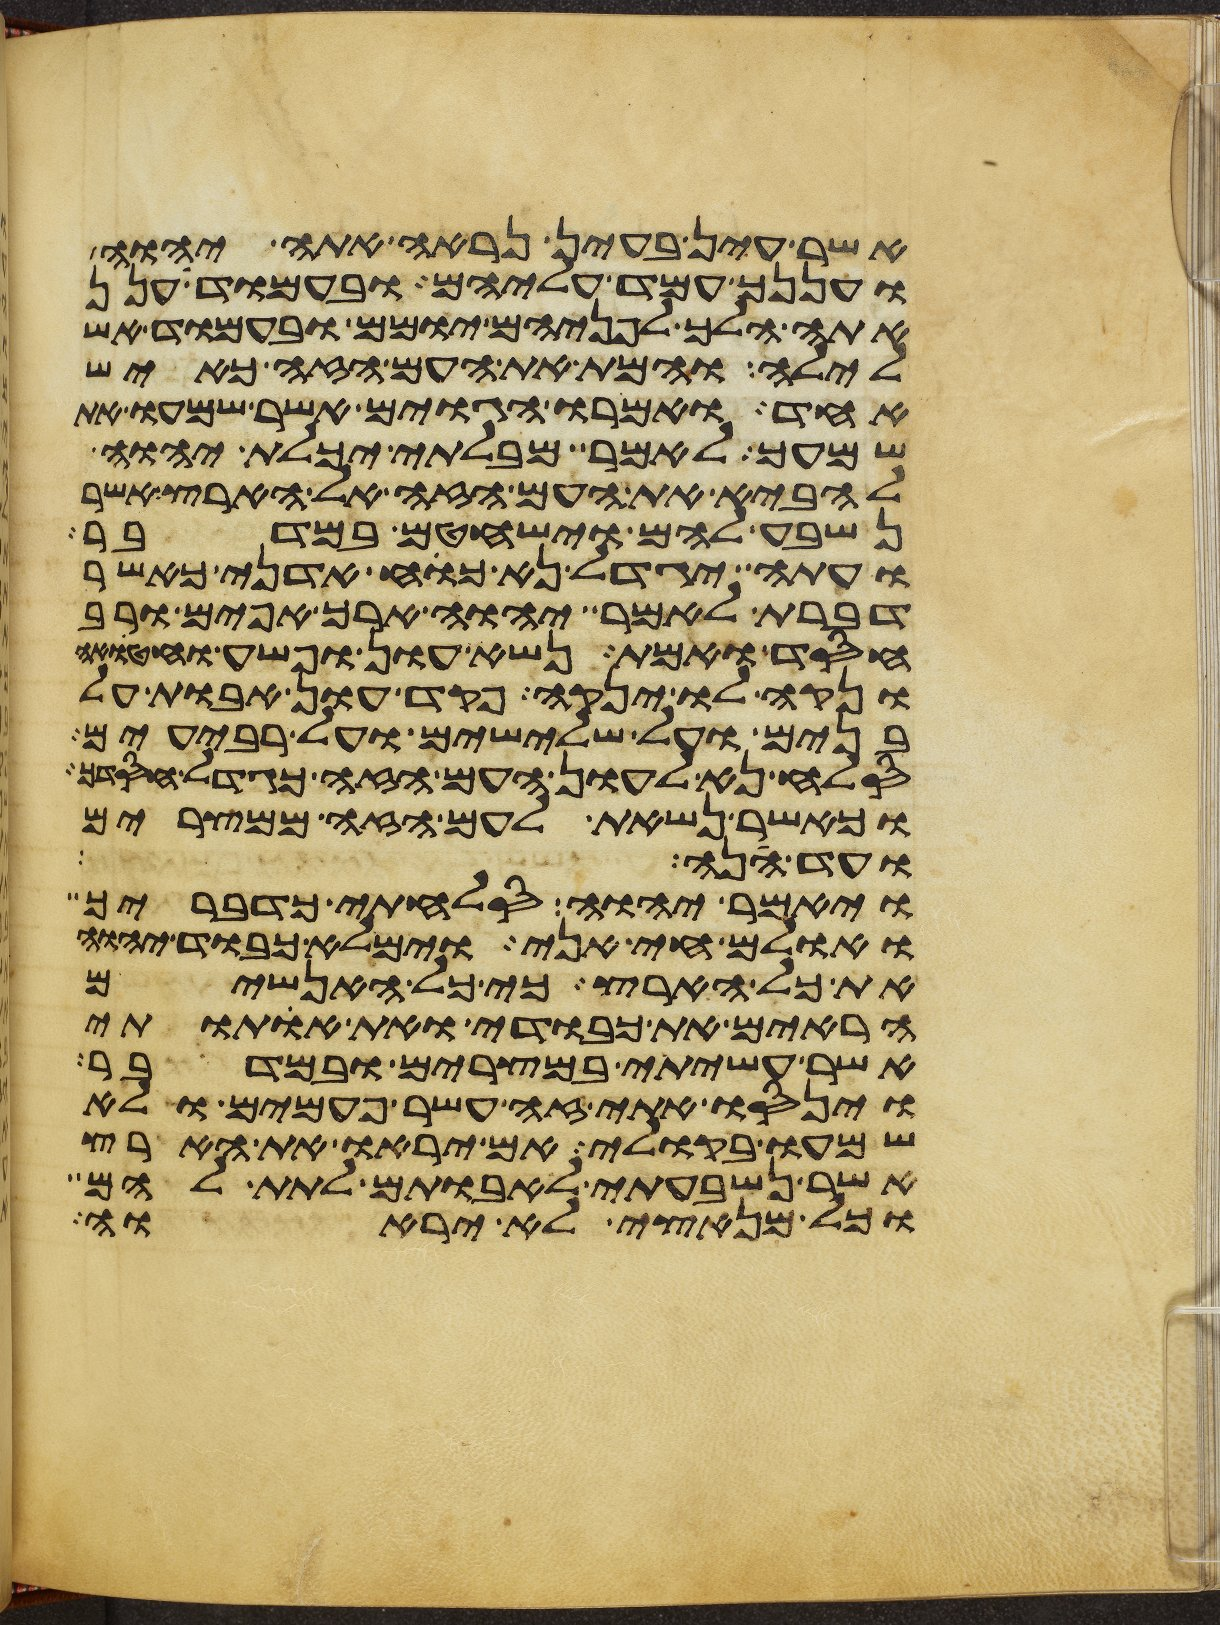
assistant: אשר עין בעין נראה אתה יהוה
ועננך עמד עליהם ובעמוד ענן
אתה הלך לפניהם יומם ובעמוד אש
לילה והמת את העם הזה כאיש
אחד ואמרו הגוים אשר שמעו את
שמעך לאמר מבלתי יכלת יהוה
להביא את העם הזה אל הארץ אשר
נשבע להם וישחטם במדבר
ועתה יגדל נא כח אדני כאשר
דברת לאמר יהוה ארך אפים ורב
חסד ואמת נשא עון ופשע וחטאה
ונקה לו ינקה פקד עון אבות על
בנים על שלישים ועל רביעים
סלח נא לעון העם הזה כגדל חסדך
וכאשר נשאת לעם הזה ממצרים
ועד הנה
ויאמר יהוה סלחתי כדבריך
ואולם חי אני וימלא כבוד יהוה
את כל הארץ כי כל האנשים
הראים את כבודי ואת אתותי
אשר עשיתי במצרים ובמדבר
וינסו אתי זה עשר פעמים ולא
שמעו בקולי אם יראו את הארץ
אשר נשבעתי לאבותם לתת להם
וכל מנאצי לא יראוה